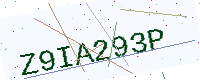
Text: Z9IA293P